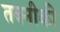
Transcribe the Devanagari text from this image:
तक्नीकी